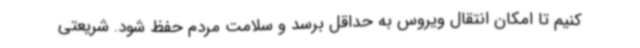
کنیم تا امکان انتقال ویروس به حداقل برسد و سلامت مردم حفظ شود. شریعتی